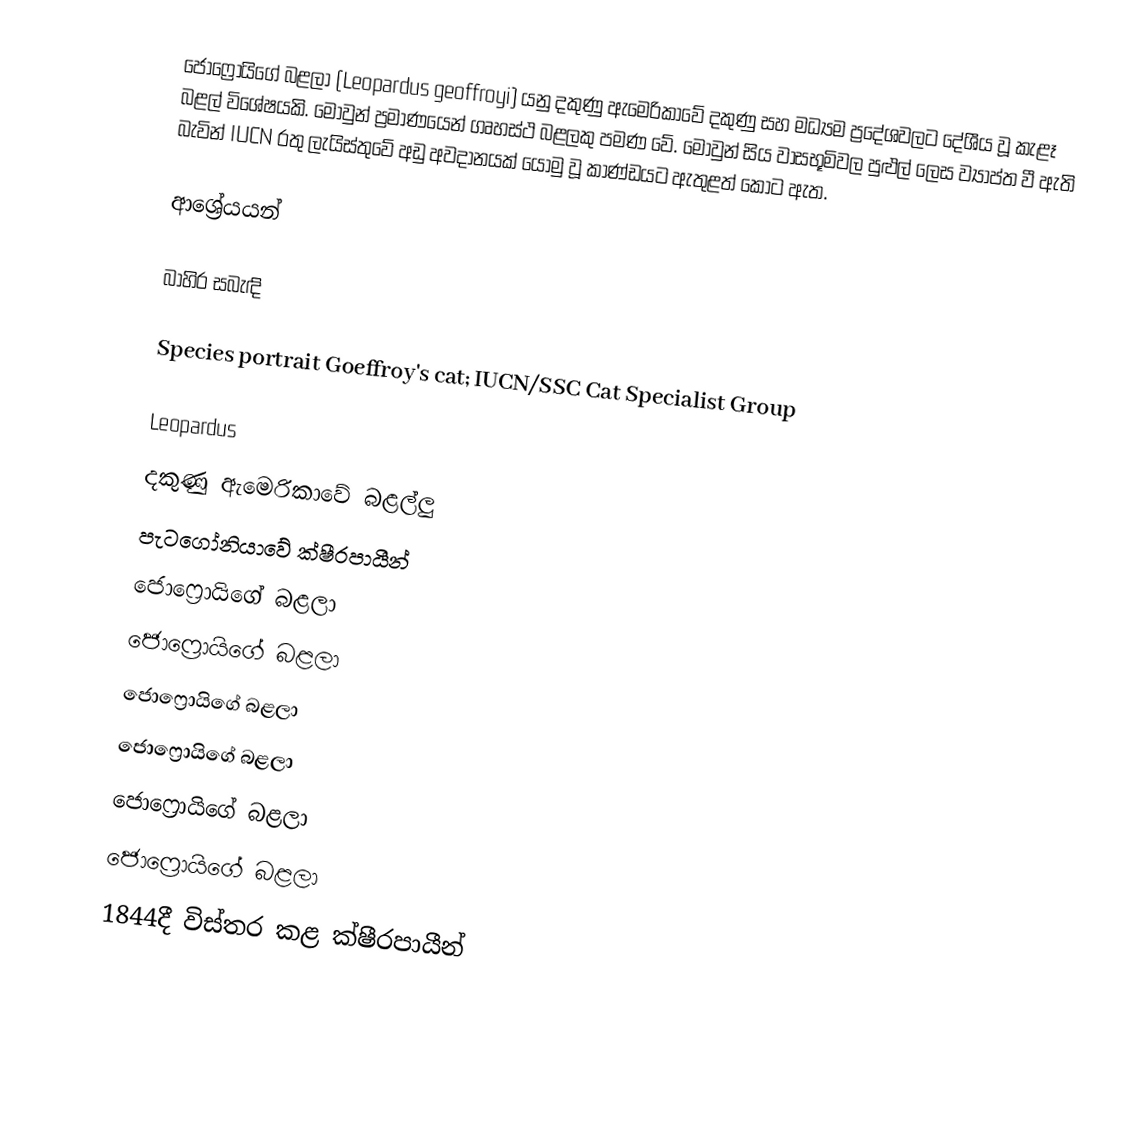
ජොෆ්‍රොයිගේ බළලා (Leopardus geoffroyi) යනු දකුණු ඇමෙරිකාවේ දකුණු සහ මධ්‍යම ප්‍රදේශවලට දේශීය වූ කැළෑ බළල් විශේෂයකි. මොවුන් ප්‍රමාණයෙන් ගෘහස්ථ බළලකු පමණ වේ. මොවුන් සිය වාසභූමිවල පුළුල් ලෙස ව්‍යාප්ත වී ඇති බැවින් IUCN රතු ලැයිස්තුවේ අඩු අවදානයක් යොමු වූ කාණ්ඩයට ඇතුළත් කොට ඇත.

ආශ්‍රේයයන්

බාහිර සබැඳි

 Species portrait Goeffroy's cat; IUCN/SSC Cat Specialist Group

Leopardus
දකුණු ඇමෙරිකාවේ බළල්ලු
පැටගෝනියාවේ ක්ෂීරපායීන්
ජොෆ්‍රොයිගේ බළලා
ජොෆ්‍රොයිගේ බළලා
ජොෆ්‍රොයිගේ බළලා
ජොෆ්‍රොයිගේ බළලා
ජොෆ්‍රොයිගේ බළලා
ජොෆ්‍රොයිගේ බළලා
1844දී විස්තර කළ ක්ෂීරපායීන්